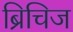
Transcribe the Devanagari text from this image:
ब्रिचिज